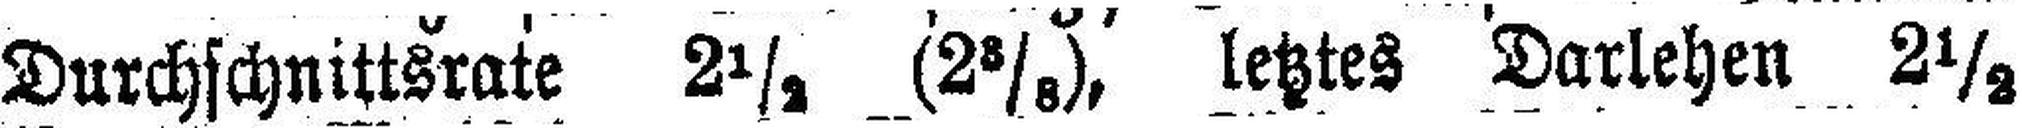
Durchschnittsrate 2½ (2⅜), letztes Darlehen 2½